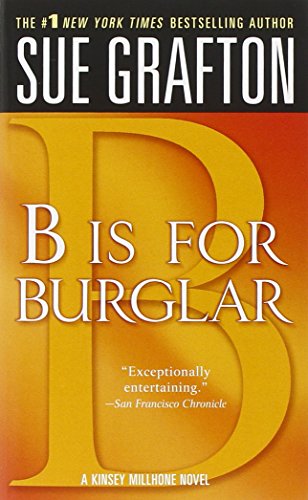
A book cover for B is for Burglar (Kinsey Millhone Alphabet Mysteries, No. 2); Sue Grafton; Mystery, Thriller & Suspense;